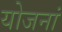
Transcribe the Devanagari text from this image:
योजनां